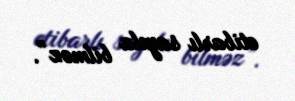
etibarlı sayıla bilməz”.